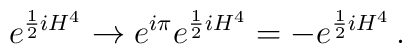
e^{\frac{1}{2} i H^4} \rightarrow e^{i\pi} e^{\frac{1}{2}iH^4} = - e^{\frac{1}{2}iH^4}\, .